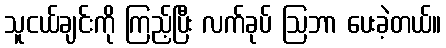
သူငယ်ချင်းကို ကြည့်ပြီး လက်ခုပ် ဩဘာ ပေးခဲ့တယ်။